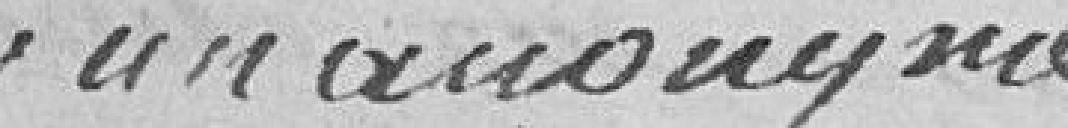
par un anonyme [annotation marginale]